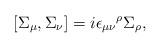
LaTeX: \begin{align*}\left[\Sigma_{\mu},\Sigma_{\nu}\right] = i{\epsilon_{\mu \nu}}^\rho \Sigma_\rho,\end{align*}